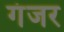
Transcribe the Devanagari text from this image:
गंजर